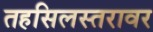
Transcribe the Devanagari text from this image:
तहसिलस्तरावर